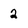
Character: 2